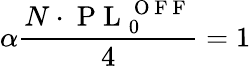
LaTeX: \alpha\frac{N\cdot\mathrm{~P~L~}_{0}^{\mathrm{~O~F~F~}}}{4}=1